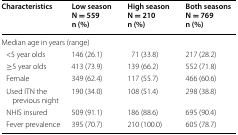
| Characteristics | Low seasonN = 559n (%) | High seasonN = 210n (%) | Both seasons N = 769n (%) |
 | --- | --- | --- | --- |
 | <COLSPAN=4> Median age in years (range) |
 | <5 year olds | 146 (26.1) | 71 (33.8) | 217 (28.2) |
 | ≥5 year olds | 413 (73.9) | 139 (66.2) | 552 (71.8) |
 | Female | 349 (62.4) | 117 (55.7) | 466 (60.6) |
 | Used ITN the previous night | 190 (34.0) | 108 (51.4) | 298 (38.8) |
 | NHIS insured | 509 (91.1) | 186 (88.6) | 695 (90.4) |
 | Fever prevalence | 395 (70.7) | 210 (100.0) | 605 (78.7) |